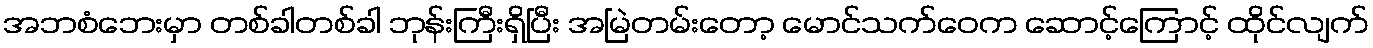
အဘစံဘေးမှာ တစ်ခါတစ်ခါ ဘုန်းကြီးရှိပြီး အမြဲတမ်းတော့ မောင်သက်ဝေက ဆောင့်ကြောင့် ထိုင်လျက်